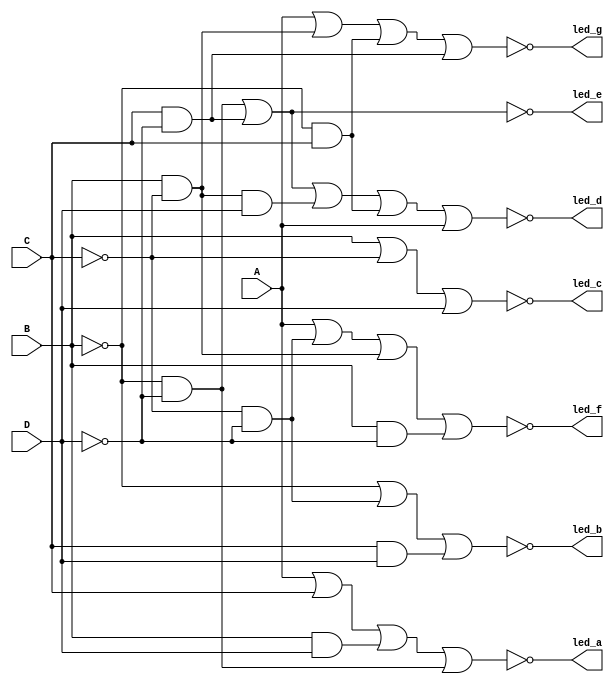
module decoder_to_7seg (A, B, C, D, led_a, led_b, led_c, led_d, led_e, led_f, led_g);
  
  input A, B, C, D;
  output led_a, led_b, led_c, led_d, led_e, led_f, led_g;
  
  assign led_a = ~(A | C | B&D | ~B&~D);
  assign led_b = ~(~B | ~C&~D | C&D);
  assign led_c = ~(B | ~C | D);
  assign led_d = ~(~B&~D | C&~D | B&~C&D | ~B&C |A);
  assign led_e = ~(~B&~D | C&~D);
  assign led_f = ~(A | ~C&~D | B&~C | B&~D);
  assign led_g = ~(A | B&~C | ~B&C | C&~D);
  
endmodule

module decoder_to_7seg_dut();
  
  reg A ,B ,C, D;
  wire led_a, led_b, led_c, led_d, led_e, led_f, led_g;
  
  initial
  begin
    A=0; B=0; C=0; D=0; #100;
    A=0; B=0; C=0; D=1; #100;
    A=0; B=0; C=1; D=0; #100;
    A=0; B=0; C=1; D=1; #100;
    A=0; B=1; C=0; D=0; #100;
    A=0; B=1; C=0; D=1; #100;
    A=0; B=1; C=1; D=0; #100;
    A=0; B=1; C=1; D=1; #100;
    A=1; B=0; C=0; D=0; #100;
    A=1; B=0; C=0; D=1; #100;
  end
  
  decoder_to_7seg ss(A, B, C, D, led_a, led_b, led_c, led_d, led_e, led_f, led_g);
  
endmodule